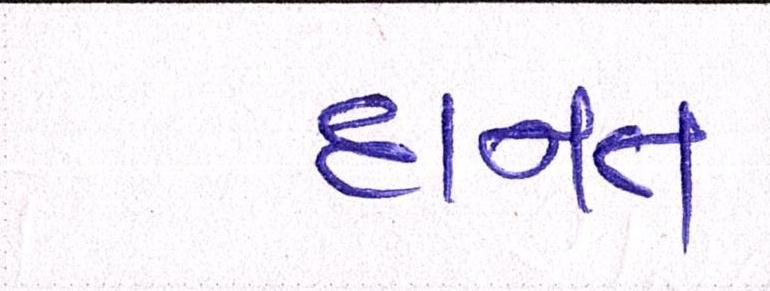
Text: દાનત